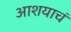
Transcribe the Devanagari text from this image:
आशयाचं